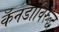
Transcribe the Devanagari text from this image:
कॅनडाविरुद्ध